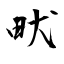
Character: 畎